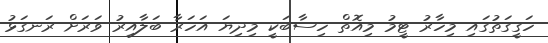
ހަގީގަތުގައި މިހާރު ޓީމު މިއޮތް ހިސާބަކީ މިދިޔަ އަހަރާ ބަލާއިރު ވަރަށް ރަނގަޅު